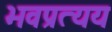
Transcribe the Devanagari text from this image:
भवप्रत्यय